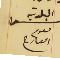
رئىس البلدية ىعوم العارح